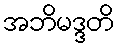
အဘိမဒ္ဒတိ